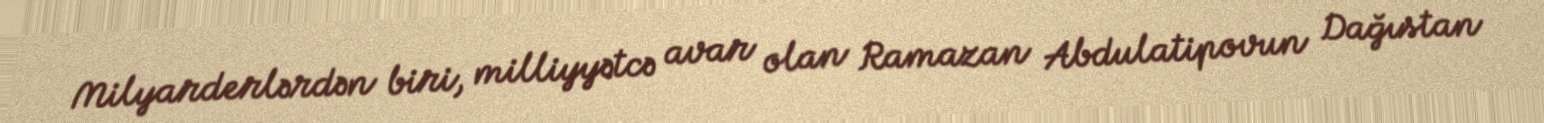
Milyarderlərdən biri, milliyyətcə avar olan Ramazan Abdulatipovun Dağıstan